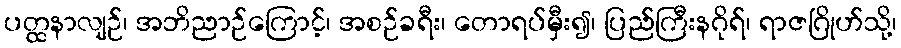
ပတ္ထနာလျဉ်၊ အဘိညာဉ်ကြောင့်၊ အစဉ်ခရီး၊ တောရပ်မှီး၍၊ ပြည်ကြီးနဂိုရ်၊ ရာဇဂြိုဟ်သို့၊